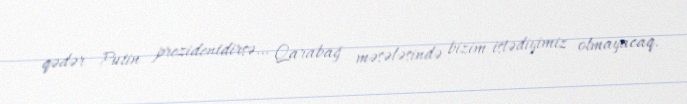
qədər Putin prezidentdirsə… Qarabağ məsələsində bizim istədiyimiz olmayacaq.